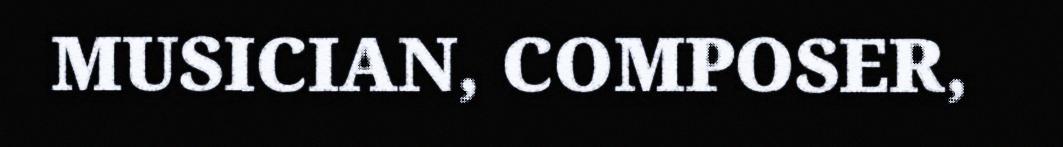
MUSICIAN, COMPOSER,